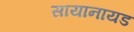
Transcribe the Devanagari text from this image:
सायानायड